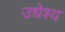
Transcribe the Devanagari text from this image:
उधेश्य